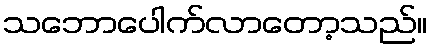
သဘောပေါက်လာတော့သည်။